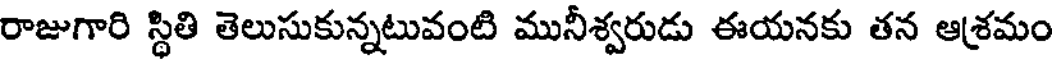
రాజుగారి స్థితి తెలుసుకున్నటువంటి మునీశ్వరుడు ఈయనకు తన ఆశ్రమం